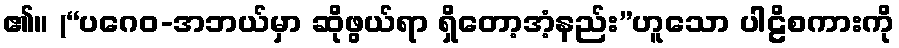
၏။ (“ပဂေဝ-အဘယ်မှာ ဆိုဖွယ်ရာ ရှိတော့အံ့နည်း”ဟူသော ပါဠိစကားကို